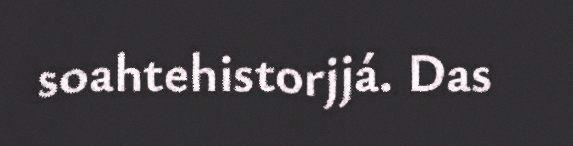
soahtehistorjjá. Das